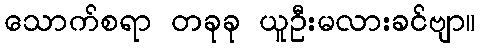
သောက်စရာ တခုခု ယူဦးမလားခင်ဗျာ။